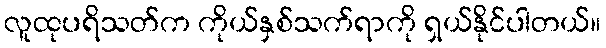
လူထုပရိသတ်က ကိုယ်နှစ်သက်ရာကို ရှယ်နိုင်ပါတယ်။